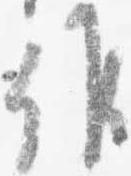
候